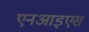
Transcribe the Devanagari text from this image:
एनआइएस